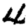
Digit: 4